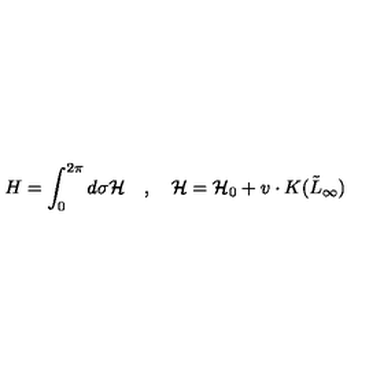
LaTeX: H = \int _ { 0 } ^ { 2 \pi } d \sigma { \cal H } \quad , \quad { \cal H } = { \cal H } _ { 0 } + v \cdot K ( \tilde { L } _ { \infty } )